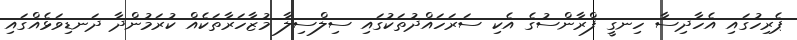
ޕެރިހުގައި އެހާދިސާ ހިނގީ ފްރާންސުގެ އެކި ސަރަހައްދުތަކުގައި ސިލްސިލާ މުޒާހަރާތަކެއް ކުރަމުންދާ ދަނޑިވަޅެއްގައި